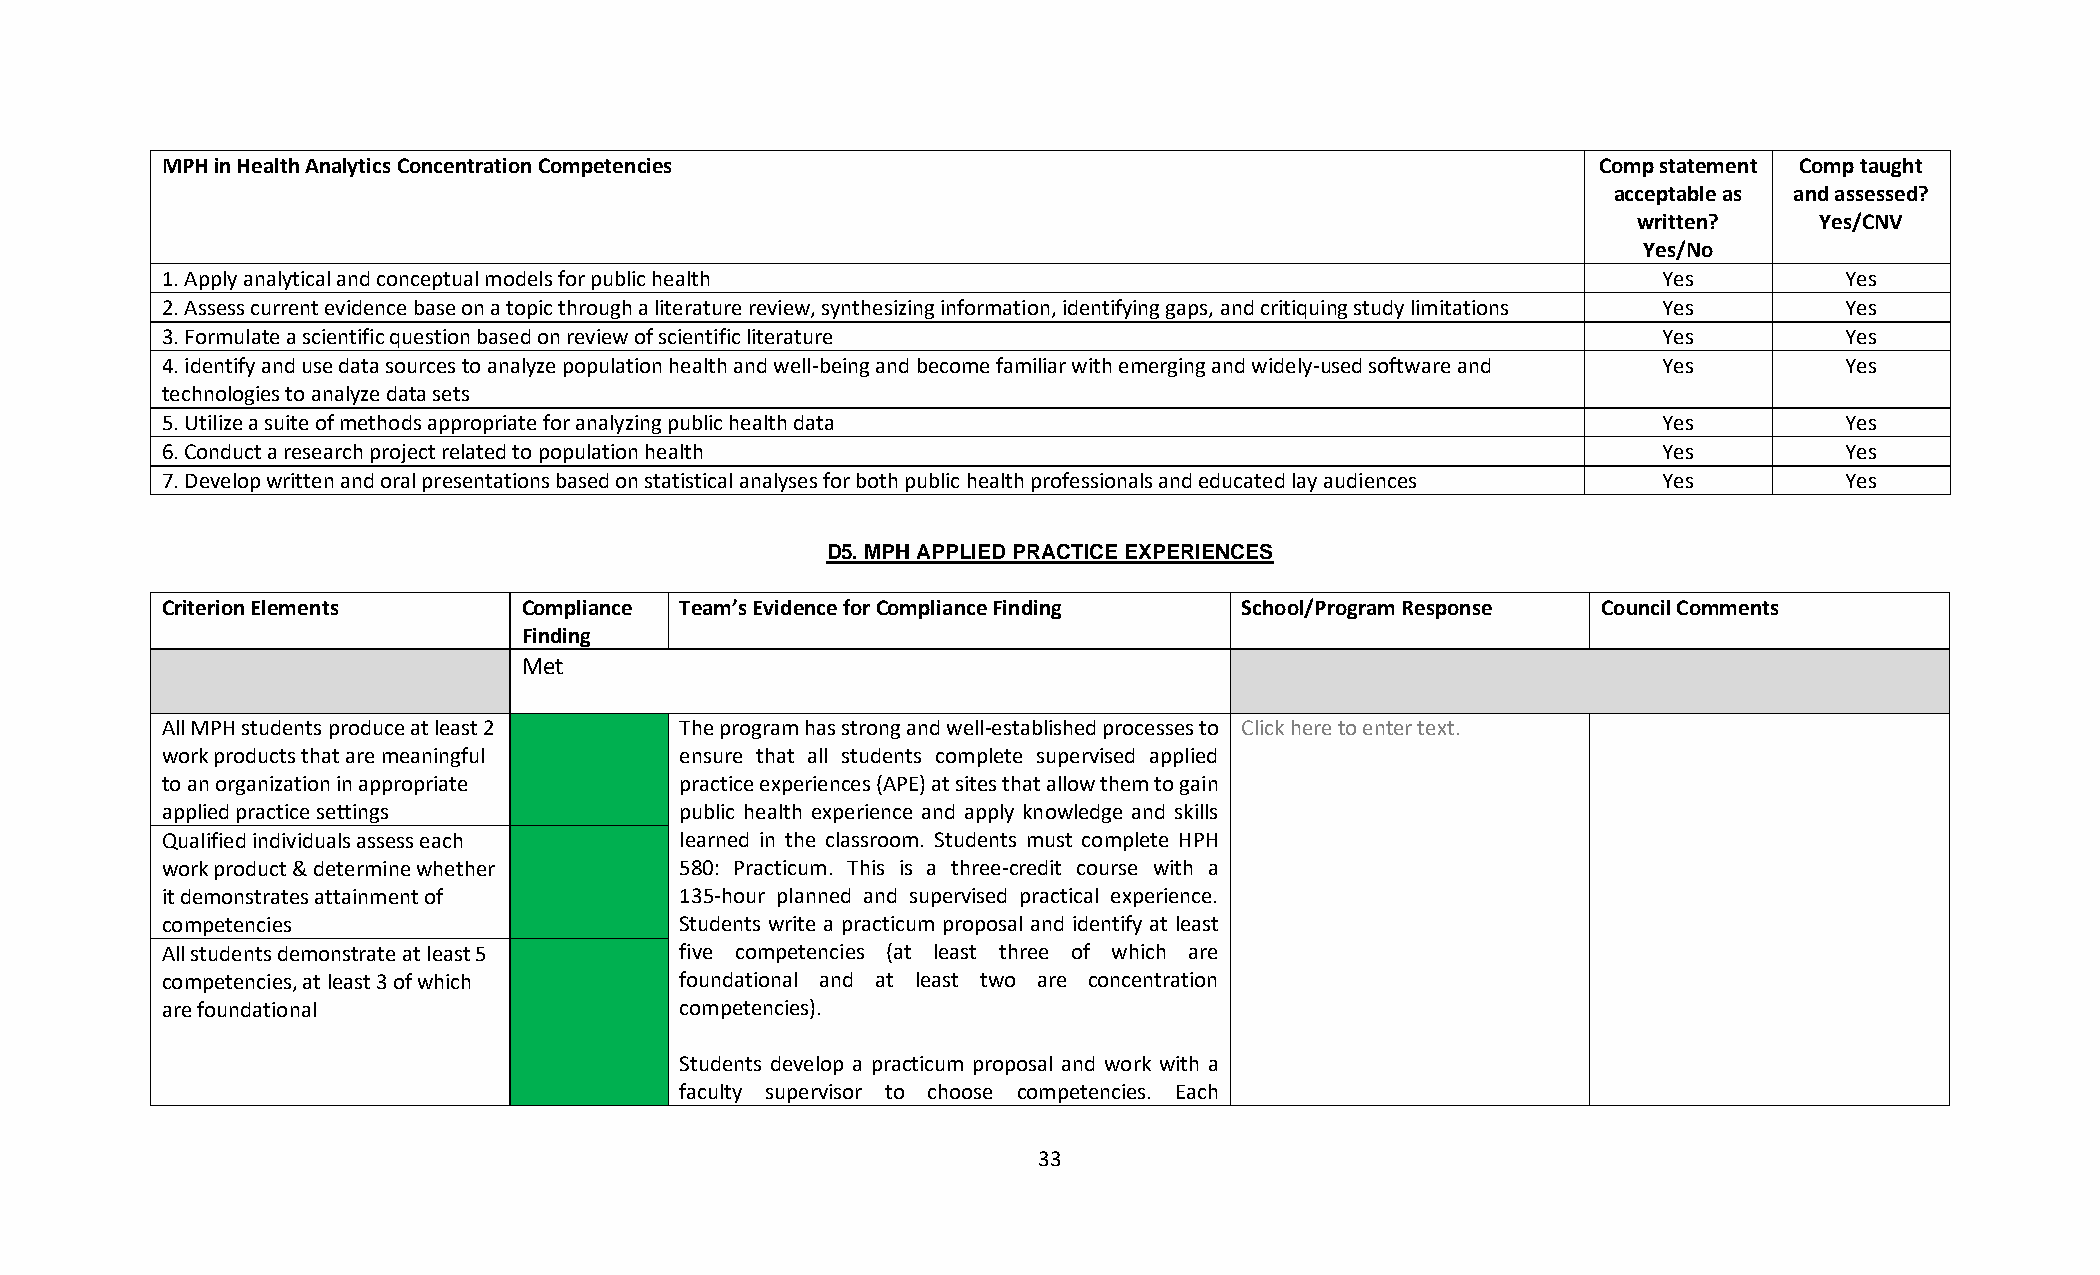
MPH in Health Analytics Concentration Competencies                                             Comp statement Comp taught
 acceptable as and assessed?
 written?    Yes/CNV
 Yes/No
 1. Apply analytical and conceptual models for public health                                        Yes         Yes
 2. Assess current evidence base on a topic through a literature review, synthesizing information, identifying gaps, and critiquing study limitations Yes Yes
 3. Formulate a scientific question based on review of scientific literature                        Yes         Yes
 4. identify and use data sources to analyze population health and well-being and become familiar with emerging and widely-used software and Yes Yes
 technologies to analyze data sets
 5. Utilize a suite of methods appropriate for analyzing public health data                         Yes         Yes
 6. Conduct a research project related to population health                                         Yes         Yes
 7. Develop written and oral presentations based on statistical analyses for both public health professionals and educated lay audiences Yes Yes
 D5. MPH APPLIED PRACTICE EXPERIENCES
 Criterion Elements      Compliance Team’s Evidence for Compliance Finding School/Program Response Council Comments
 Finding
 Met
 All MPH students produce at least 2 The program has strong and well-established processes to Click here to enter text.
 work products that are meaningful ensure that all students complete supervised applied
 to an organization in appropriate practice experiences (APE) at sites that allow them to gain
 applied practice settings         public health experience and apply knowledge and skills
 Qualified individuals assess each learned in the classroom. Students must complete HPH
 work product & determine whether  580: Practicum. This is a three-credit course with a
 it demonstrates attainment of     135-hour planned and supervised practical experience.
 competencies                      Students write a practicum proposal and identify at least
 All students demonstrate at least 5 five competencies (at least three of which are
 competencies, at least 3 of which foundational and at least two are concentration
 are foundational                  competencies).
 Students develop a practicum proposal and work with a
 faculty supervisor to choose competencies. Each
 33